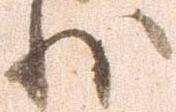
状